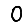
Digit: 0